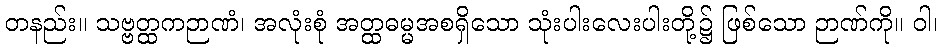
တနည်း။ သဗ္ဗတ္ထကဉာဏံ၊ အလုံးစုံ အတ္ထဓမ္မအစရှိသော သုံးပါးလေးပါးတို့၌ ဖြစ်သော ဉာဏ်ကို။ ဝါ၊